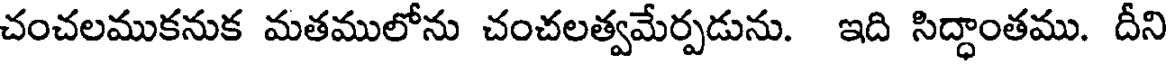
చంచలముకనుక మతములోను చంచలత్వమేర్పడును. ఇది సిద్ధాంతము. దీని